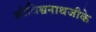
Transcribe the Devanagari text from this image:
श्रीविश्वनाथजीके